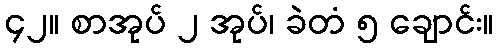
၄၂။ စာအုပ် ၂ အုပ်၊ ခဲတံ ၅ ချောင်း။